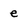
Character: e